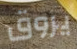
يروق